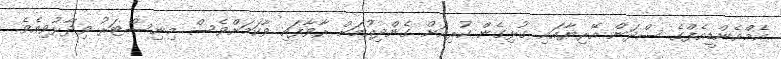
އެމްއެންޑީއެފްގެ ސްދަން އޭރިޔާއައި ގުޅިގެން ކުރިއަށް ގެންދިއުމަށް ރާވާފައި ވާކަމަށްވެސް މިނިސްޓަރު ވިދާޅުވިއެވެ.